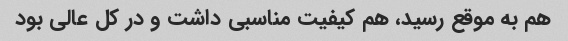
هم به موقع رسید، هم کیفیت مناسبی داشت و در کل عالی بود